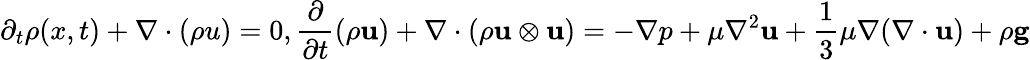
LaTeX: \partial_{t}\rho(x,t)+\nabla\cdot(\rho u)=0,\frac{\partial}{\partial t}(\rho\mathbf{u})+\nabla\cdot(\rho\mathbf{u}\otimes\mathbf{u})=-\nabla p+\mu\nabla^{2}\mathbf{u}+\frac{1}{3}\mu\nabla(\nabla\cdot\mathbf{u})+\rho\mathbf{g}